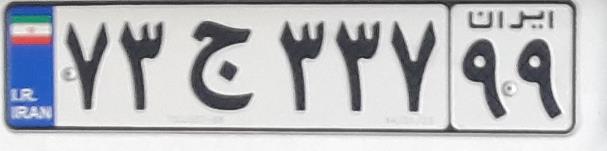
۷۳ج۳۳۷۹۹